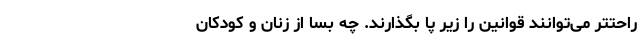
راحتتر می‌توانند قوانین را زیر پا بگذارند. چه بسا از زنان و کودکان